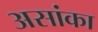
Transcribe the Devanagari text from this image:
असांका